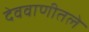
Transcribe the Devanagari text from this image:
देववाणीतले